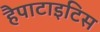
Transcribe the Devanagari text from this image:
हैपाटाइटिस